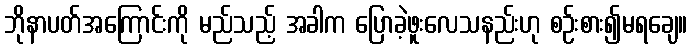
ဘိုနာပတ်အကြောင်းကို မည်သည့် အခါက ပြောခဲ့ဖူးလေသနည်းဟု စဉ်းစား၍မရချေ။